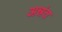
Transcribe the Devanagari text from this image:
अन्नंत